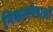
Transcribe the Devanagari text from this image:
निकलनेवालों